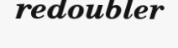
redoubler